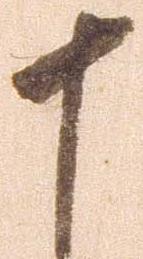
十